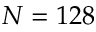
N = 1 2 8